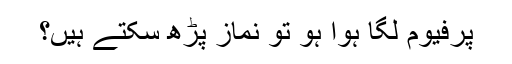
پرفیوم لگا ہوا ہو تو نماز پڑھ سکتے ہیں؟